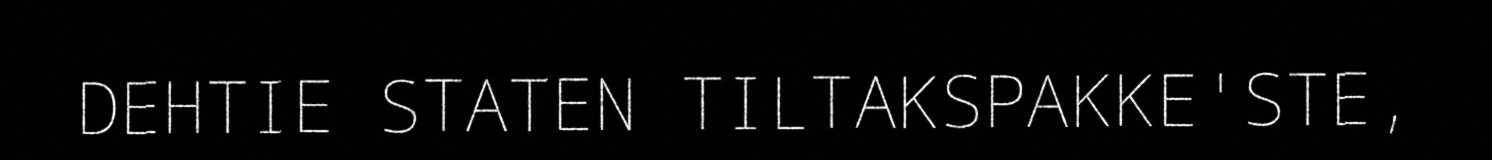
DEHTIE STATEN TILTAKSPAKKE'STE,